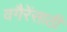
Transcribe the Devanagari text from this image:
वगैरेंसाठी